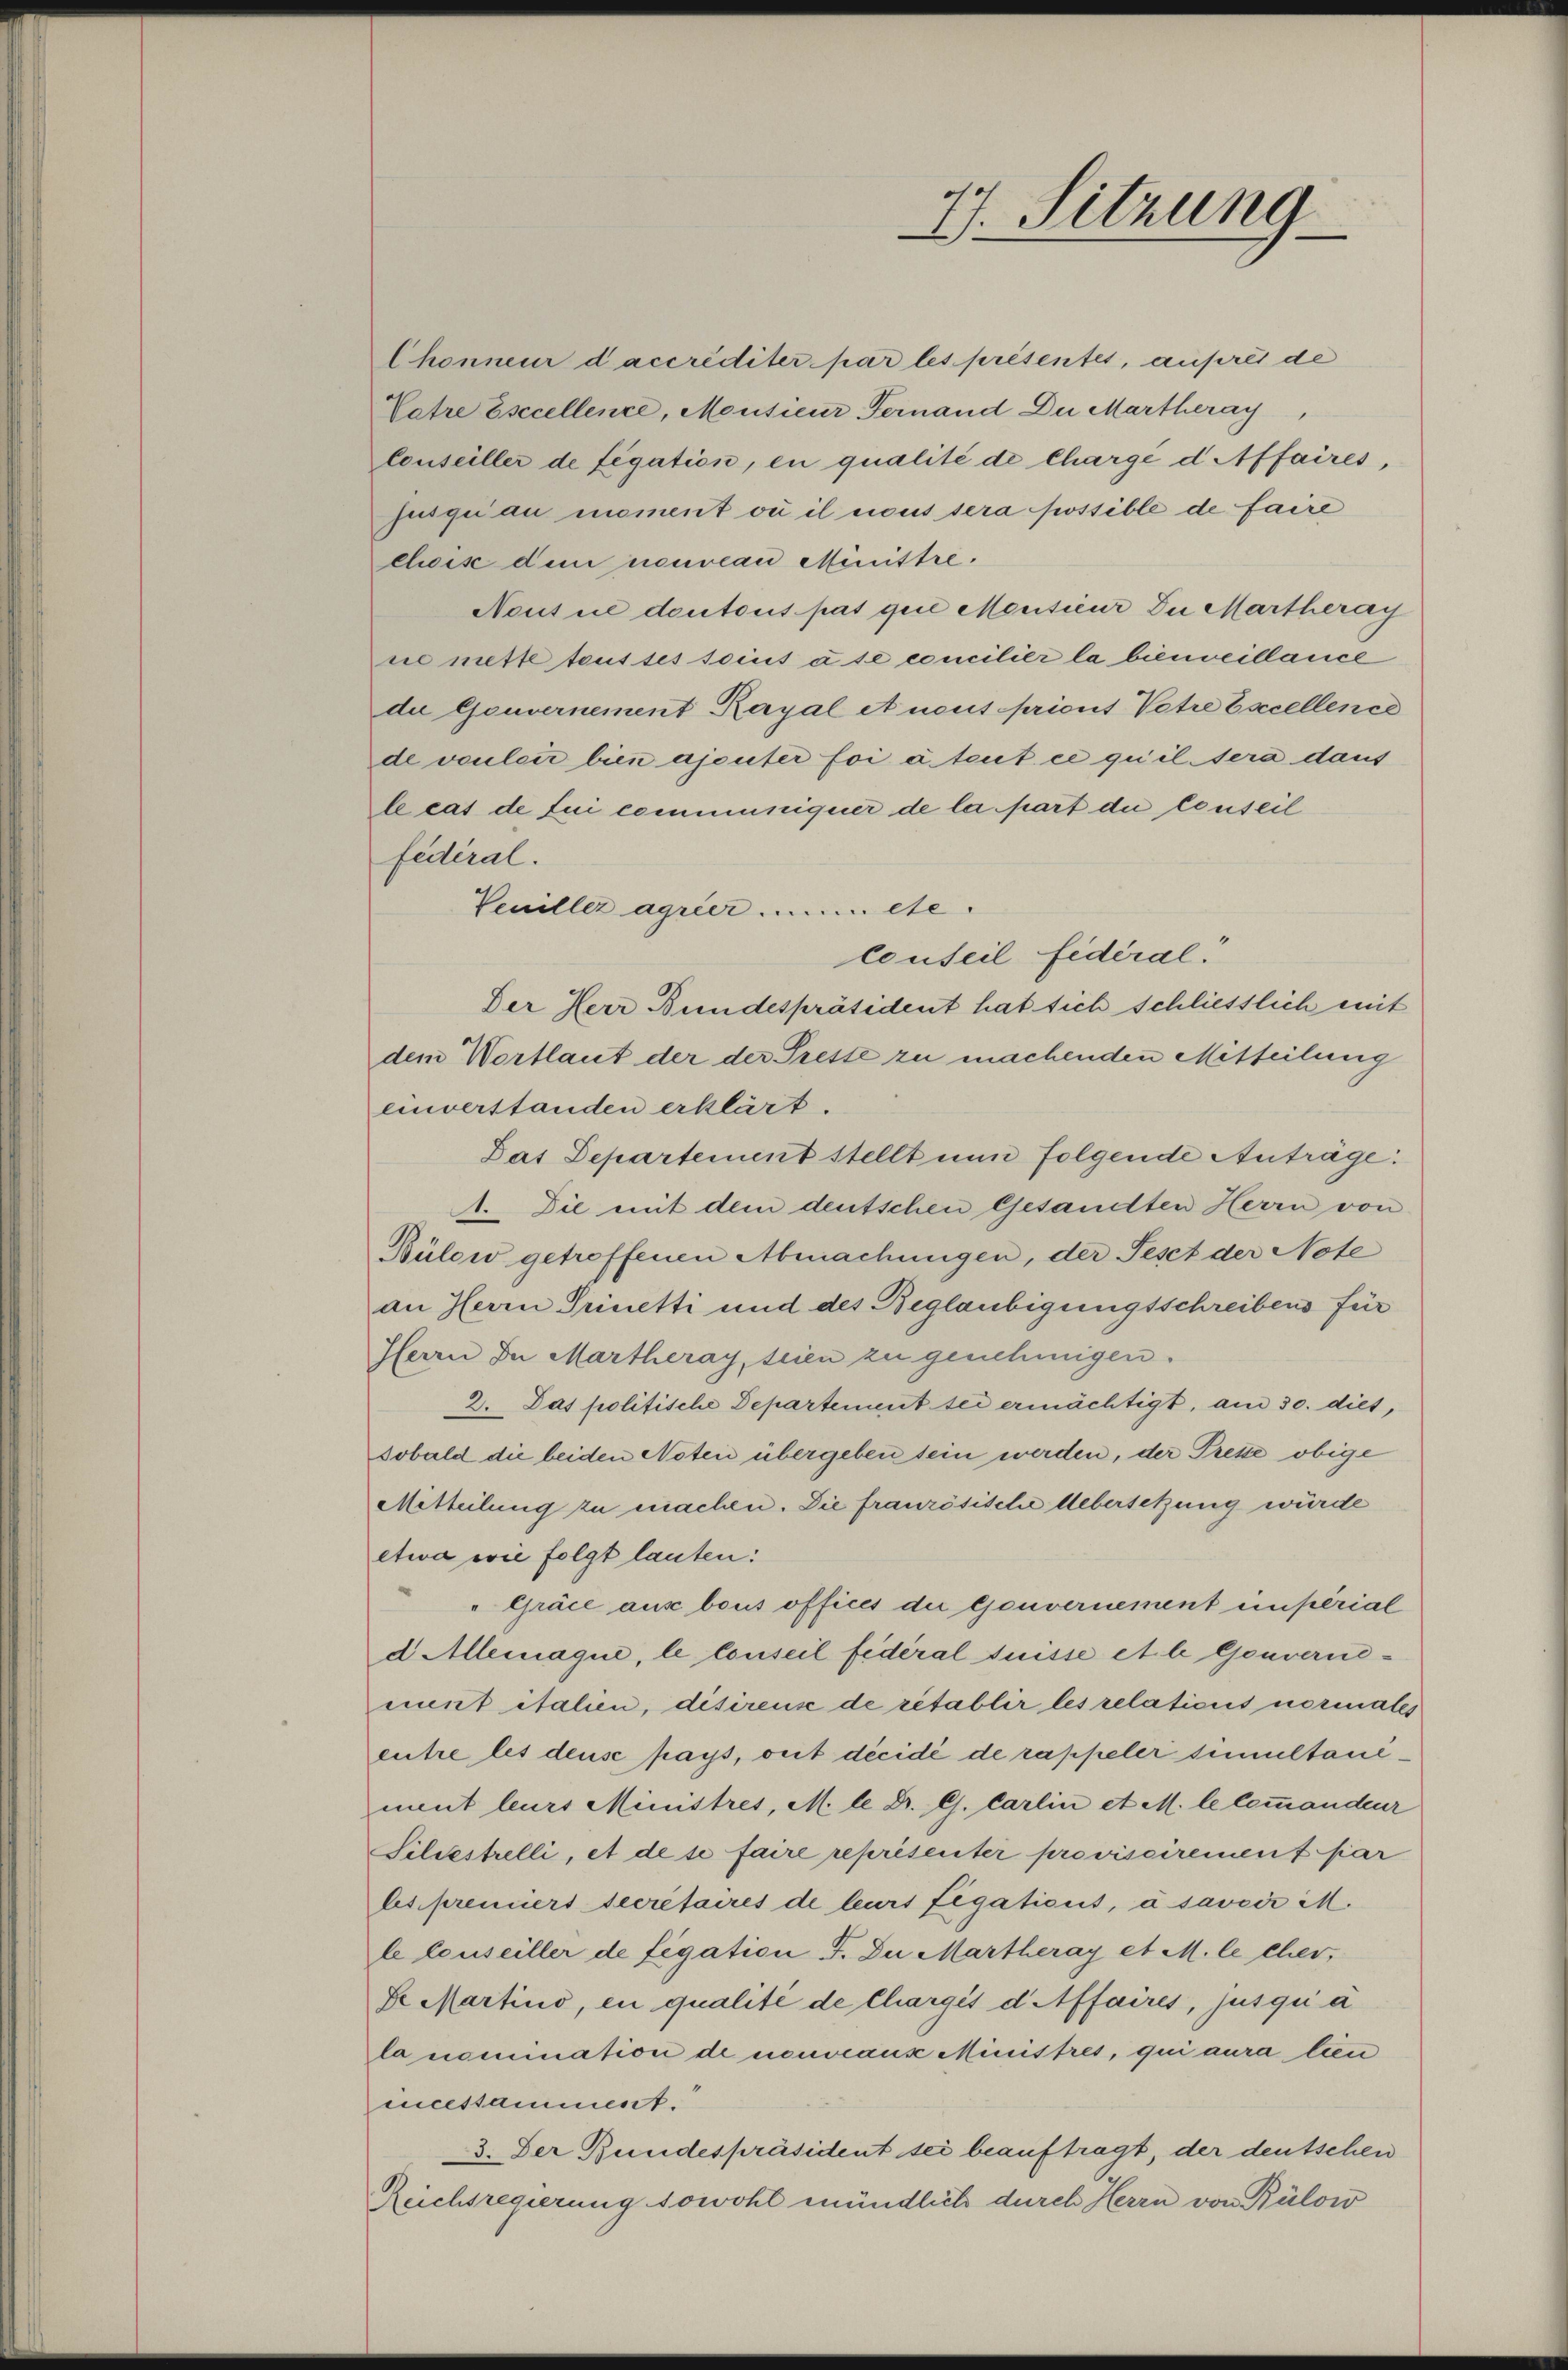
Chonneur daccrediter par les présentes, auprès de
Potre Esecellence, Monsieur Fernand Du Martheray
Conseiller de fegation, en qualité de Charge d Affaires,
jusqui au moment où il nous sera possible de faire
chcis dem nouveau Ministre.
Neusue dontout pas quie Monsieur Du Martheray
ne mette tout ses soins à se concilier la bienveillance
de Gouvernement Royal et neut priont Petre Excellence
de vouloir bien ajouter foi à teut ce qu’il sera dans
le cas de lui communiquer de la part die conseil
fédéral.
Veniller agrier mete
conseil fidéral
Der Herr Bundespräsident hat sich schliesslich mit
dem Wortlaut der der Presse zu machenden Mitteilung
einverstanden erklärt.
Das Departement stellt nun folgende Anträge.
1. Die mit dem deutschen Gesandten Herrn von
Bülow getroffenen Abmachungen, der Seset der Note
an Herrn Prinetti und des Beglaubigungsschreibens für
Herrn In Martheray, seien zu genehmigen.
2. Das politische Departement sei ermächtigt, am 30. dies,
Sobald die beiden Noten übergeben sein werden, der Presse obige
Mitteilung zu machen. Die französische Uebersetzung würde
etwa wie folgt lauten:
"Gräce aus bous offices die Gouvernement einperial
d Allemaque, le conseil fédéral Suisse et le Gouvernement italien, disirense de rétablir les relations normales
entre les deuse pays, seit décidé de rappeler simultaniment leurs Ministres, M. le Dr. G. Carlin et M. le commandeur
Siliestrelli, et de se faire représenter provisoirement par
les premiers Secretaires de leurs Legaticus, à savoir ih
le louseiller de figation F. In Martheray et M. le cher,
Se Martino, en qualité de Chargés d Affaires, jusqui a
la nomination de nouveaus Ministres, qui aura lien
encessamment.
3. Der Bundespräsident sei beauftragt, der deutschen
Reichsregierung sowohl mündlich durch Herrn von Bülow

77. Sitzung